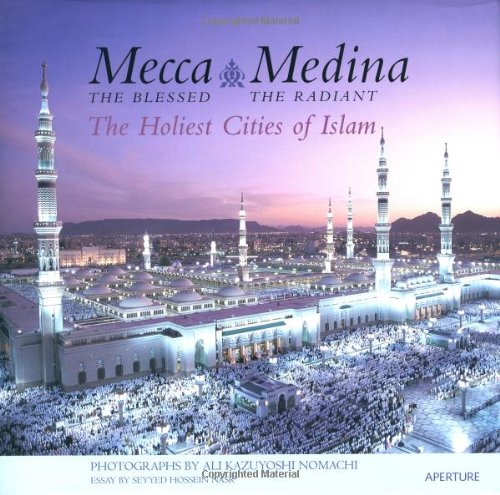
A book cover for Mecca, The Blessed, Medina, The Radiant: The Holiest Cities of Islam; Seyyed Hossein Nasr; Travel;